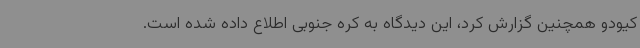
کیودو همچنین گزارش کرد، این دیدگاه به کره جنوبی اطلاع داده شده است.